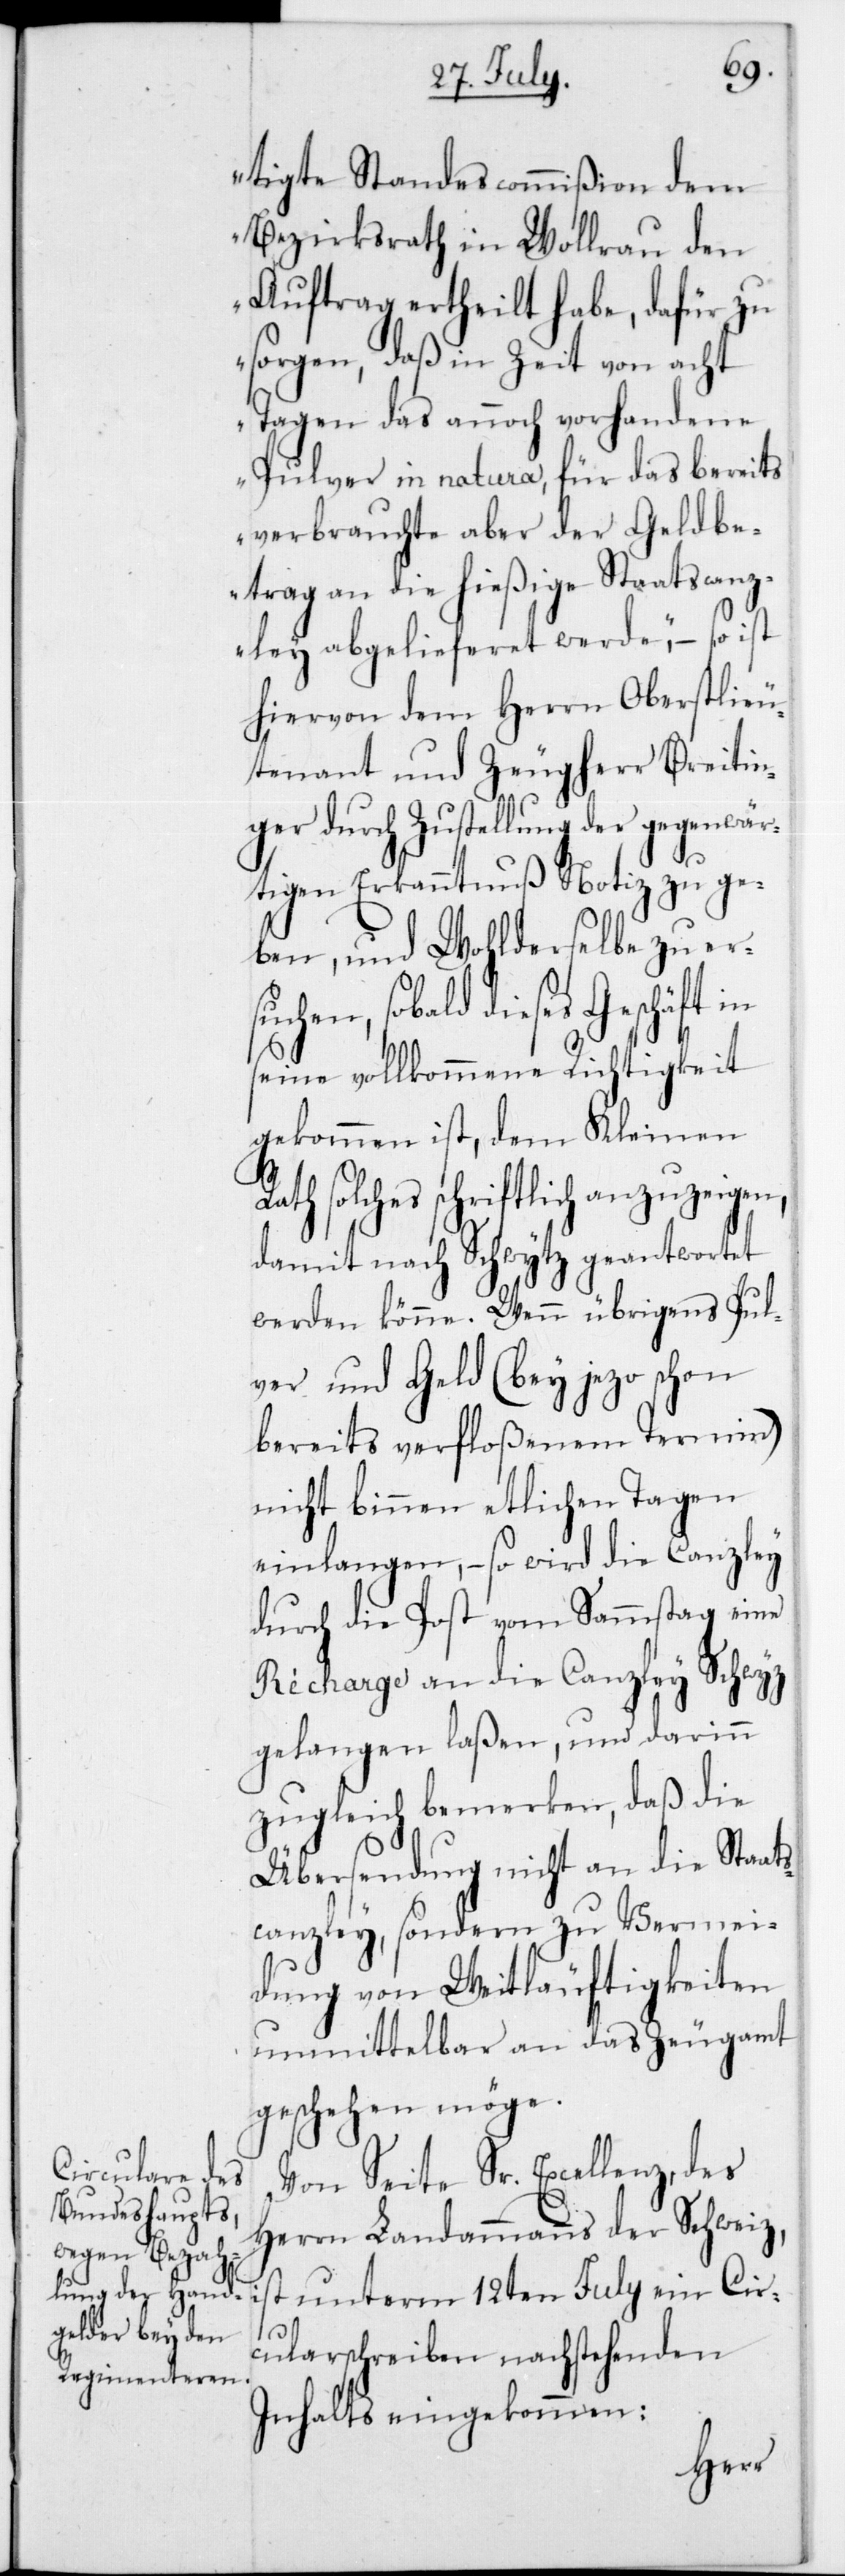
tigte Standescommißion dem
Bezirksrath in Wollerau den
Auftrag ertheilt habe, dafür zu
sorgen, daß in Zeit von acht
Tagen das annoch vorhandene
Pulver in natura, für das bereits
verbrauchte aber der Geldbe¬
trag an die hießige Staatscanz¬
ley abgelieferet werde,“ – so ist
hiervon dem Herrn Oberstlieu¬
tenant und Zeugherr Breitin¬
ger durch Zustellung der gegenwär¬
tigen Erkanntnuß Notiz zu ge¬
ben, und Wohlderselbe zu ers¬
uchen, sobald dieses Geschäft in
seine vollkommene Richtigkeit
gekommen ist, dem Kleinen
Rath solches schriftlich anzuzeigen,
damit nach Schwytz geantwortet
werden könne. Wenn übrigens Pul¬
ver und Geld (bei jezo schon
bereits verfloßenem Termin)
nicht binnen etlichen Tagen
einlangen, – so wird die Canzley
durch die Post vom Sammstag eine
Récharge an die Canzley Schwyz
gelangen laßen, und darinn
zugleich bemerken, daß die
Übersendung nicht an die Staat¬
scanzley sondern zu Vermei¬
dung von Weitläuftigkeiten
unmittelbar an das Zeugamt
geschehen möge.
Von Seite Sr. Excellenz,des
Herrn Landammanns der Schweiz,
st unterm 12ten July ein Cir¬
i¬
cularschreiben nachstehenden
Inhalts eingekommen: